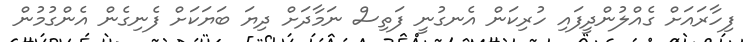
ފިހާރައަށް ގެއްލުންދީފައި ހުރިކަން އެނގުނީ ފަތިސް ނަމާދަށް ދިޔަ ބަޔަކަށް ފެނިގެން އެންގުމުން